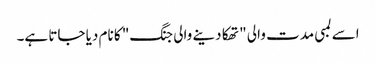
اسے لمبی مدت والی "تھکا دینے والی جنگ" کا نام دیا جاتا ہے۔